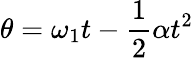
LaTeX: \theta=\omega_{1}t-{\frac{1}{2}}\alpha t^{2}